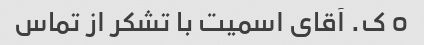
o ک. آقای اسمیت با تشکر از تماس